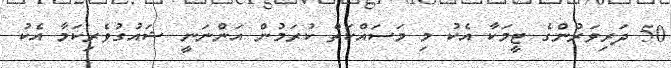
50 ދަރިވަރުންގެ ޓީމަކާ އެކު މި މަސައްކަތް ކުރަމުން އަންނަނީ ޝައުގުވެރިކަމާ އެކު